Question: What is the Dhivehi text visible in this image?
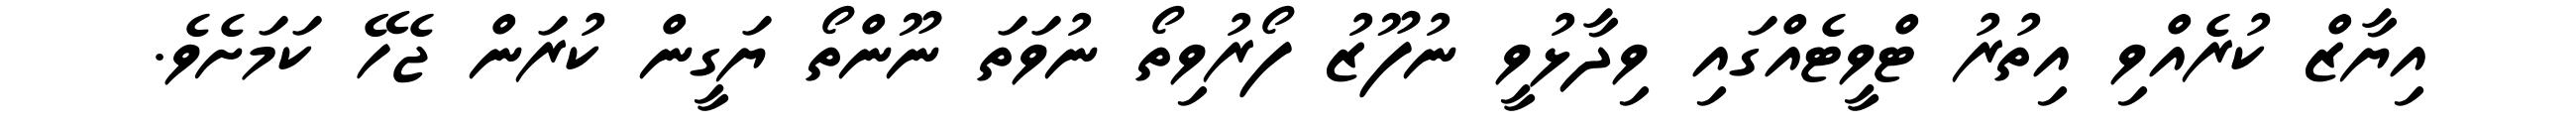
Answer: އިޔާޒް ކުރެއްވި އިތުރު ޓްވީޓެއްގައި ވިދާޅުވީ ނުފޫޒު ފޯރުވިތޯ ނުވަތަ ނޫންތޯ ޔަގީން ކުރަން ޖެހޭ ކަމަށެވެ.